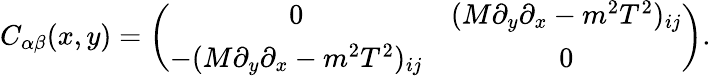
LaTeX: C_{\alpha\beta}(x,y)=\left(\begin{array}{cc}{{0}}&{{(M\partial_{y}\partial_{x}-m^{2}T^{2})_{ij}}}\\ {{-(M\partial_{y}\partial_{x}-m^{2}T^{2})_{ij}}}&{{0}}\end{array}\right).